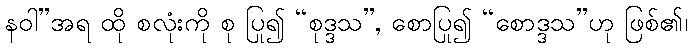
နဝါ”အရ ထို စလုံးကို စု ပြု၍ “စုဒ္ဒသ”, စောပြု၍ “စောဒ္ဒသ”ဟု ဖြစ်၏၊